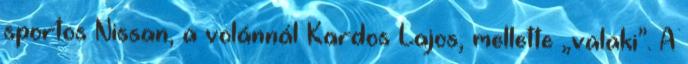
sportos Nissan, a volánnál Kardos Lajos, mellette „valaki”. A